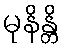
မုနိန္တိ